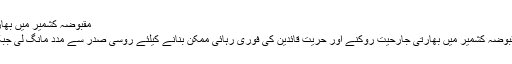
مقبوضہ کشمیر میں بھارتی جارحیت، مشعال ملک نے روسی صدر سے مدد مانگ لی -
اسلام آباد : حریت رہنماء یاسین ملک کی اہلیہ مشعال ملک نے مقبوضہ کشمیر میں بھارتی جارحیت روکنے اور حریت قائدین کی فوری رہائی ممکن بنانے کیلئے روسی صدر سے مدد مانگ لی جبکہ ہندوستان نے مشعال ملک کو ویزا دینے سے انکار کردیا ہے۔